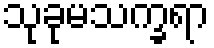
သုခုမသက္ခရာ